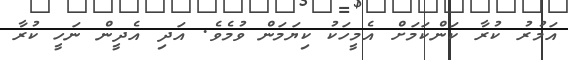
އަމުރު ކުރާ ކަންކަމަށް އެމީހަކު ކިޔަމަން ވުމެވެ. އަދި އެދީން ނަހީ ކުރާ